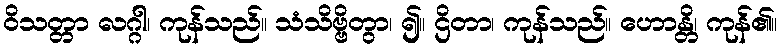
ဝိသတ္တာ လဂ္ဂါ၊ ကုန်သည်။ သံသိဗ္ဗိတွာ၊ ၍။ ဌိတာ၊ ကုန်သည်။ ဟောန္တိ၊ ကုန်၏။